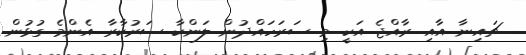
ޗައިނާ އާއި ރާއްޖެ އަކީ މި ސަރަހައްދުން ލަންކާ ސަރުކާރާ އެންމެ ގުޅުން